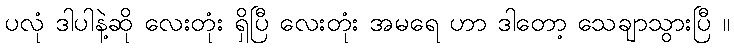
ပလုံ ဒါပါနဲ့ဆို လေးတုံး ရှိပြီ လေးတုံး အမရေ ဟာ ဒါတော့ သေချာသွားပြီ ။